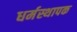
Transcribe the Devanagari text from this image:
धर्मस्थापक